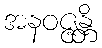
အနဝဇ္ဇန္တိ